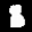
Label: 8